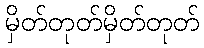
မှိတ်တုတ်မှိတ်တုတ်